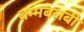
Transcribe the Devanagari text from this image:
बम्मबलबी